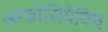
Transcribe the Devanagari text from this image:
अम्व्रोसियेविच